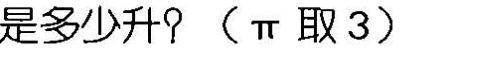
是多少升?( \pi 取3)